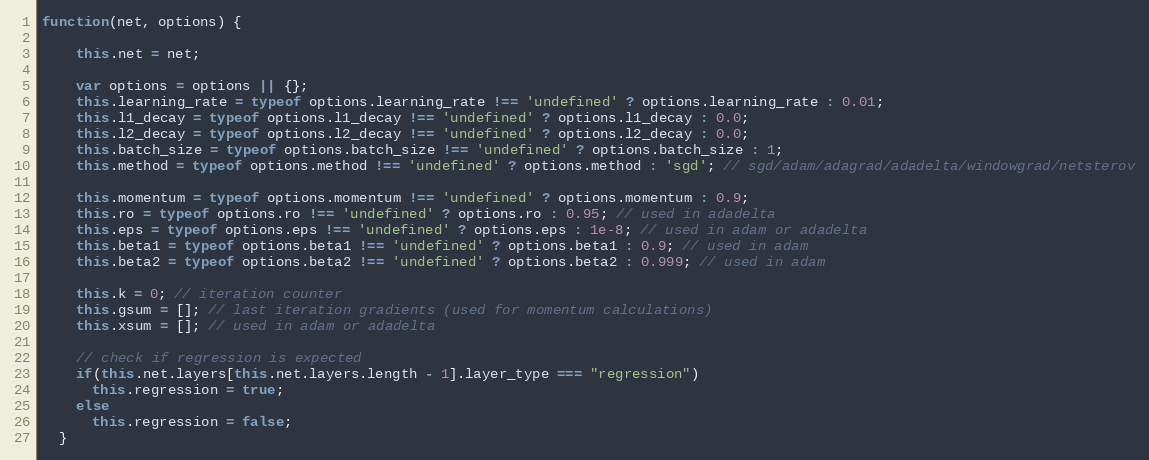
Language: JavaScript
function(net, options) {

    this.net = net;

    var options = options || {};
    this.learning_rate = typeof options.learning_rate !== 'undefined' ? options.learning_rate : 0.01;
    this.l1_decay = typeof options.l1_decay !== 'undefined' ? options.l1_decay : 0.0;
    this.l2_decay = typeof options.l2_decay !== 'undefined' ? options.l2_decay : 0.0;
    this.batch_size = typeof options.batch_size !== 'undefined' ? options.batch_size : 1;
    this.method = typeof options.method !== 'undefined' ? options.method : 'sgd'; // sgd/adam/adagrad/adadelta/windowgrad/netsterov

    this.momentum = typeof options.momentum !== 'undefined' ? options.momentum : 0.9;
    this.ro = typeof options.ro !== 'undefined' ? options.ro : 0.95; // used in adadelta
    this.eps = typeof options.eps !== 'undefined' ? options.eps : 1e-8; // used in adam or adadelta
    this.beta1 = typeof options.beta1 !== 'undefined' ? options.beta1 : 0.9; // used in adam
    this.beta2 = typeof options.beta2 !== 'undefined' ? options.beta2 : 0.999; // used in adam

    this.k = 0; // iteration counter
    this.gsum = []; // last iteration gradients (used for momentum calculations)
    this.xsum = []; // used in adam or adadelta

    // check if regression is expected
    if(this.net.layers[this.net.layers.length - 1].layer_type === "regression")
      this.regression = true;
    else
      this.regression = false;
  }